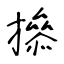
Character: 撡